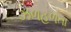
ઝળહળતા